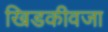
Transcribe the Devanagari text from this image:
खिडकीवजा